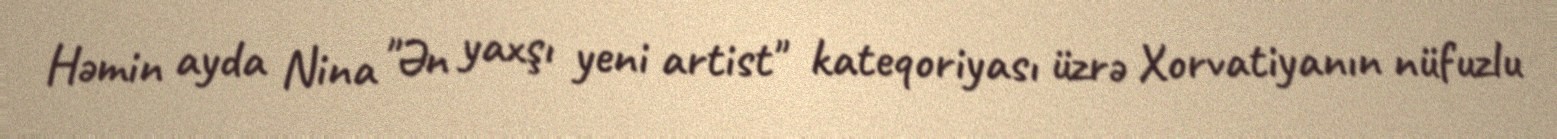
Həmin ayda Nina "Ən yaxşı yeni artist" kateqoriyası üzrə Xorvatiyanın nüfuzlu